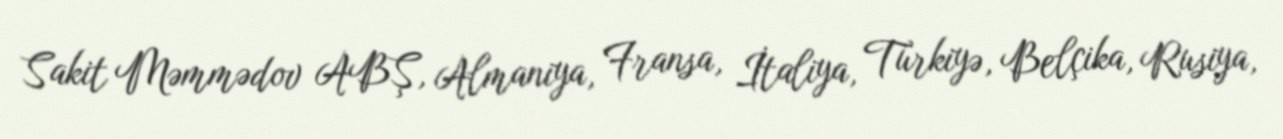
Sakit Məmmədov ABŞ, Almaniya, Fransa, İtaliya, Türkiyə, Belçika, Rusiya,